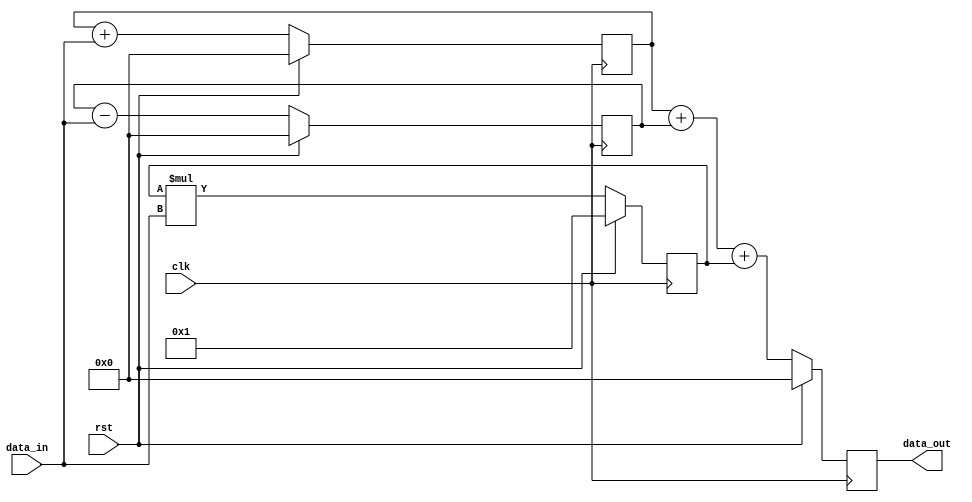
module PipelineAccumulator(
    input wire clk,
    input wire rst,
    input wire [31:0] data_in,
    output reg [31:0] data_out
);

// Define arithmetic blocks
reg [31:0] block1_out, block2_out, block3_out;

// Block 1: Addition
always @(posedge clk) begin
    if (rst) begin
        block1_out <= 0;
    end else begin
        block1_out <= block1_out + data_in;
    end
end

// Block 2: Subtraction
always @(posedge clk) begin
    if (rst) begin
        block2_out <= 0;
    end else begin
        block2_out <= block2_out - data_in;
    end
end

// Block 3: Multiplication
always @(posedge clk) begin
    if (rst) begin
        block3_out <= 1;
    end else begin
        block3_out <= block3_out * data_in;
    end
end

// Accumulator
always @(posedge clk) begin
    if (rst) begin
        data_out <= 0;
    end else begin
        data_out <= block1_out + block2_out + block3_out;
    end
end

endmodule